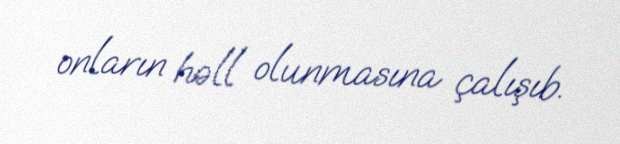
onların həll olunmasına çalışıb.